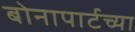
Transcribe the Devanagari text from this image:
बोनापार्टच्या